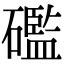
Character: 礛